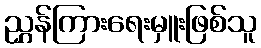
ညွှန်ကြားရေးမှူးဖြစ်သူ